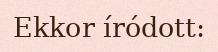
Ekkor íródott: